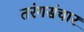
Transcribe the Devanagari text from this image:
तरंगसंचार